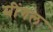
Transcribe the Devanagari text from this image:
मींगल